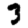
Digit: 3